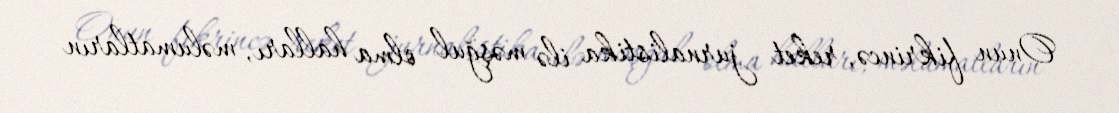
Onun fikrincə, reket jurnalistika ilə məşğul olma halları, məlumatların